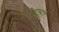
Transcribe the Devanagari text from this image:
संध्यक्षरों